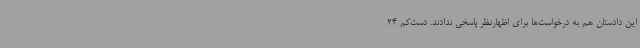
این دادستان هم به درخواست‌ها برای اظهارنظر پاسخی ندادند. دست‌کم 24